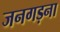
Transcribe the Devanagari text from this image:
जनगड़ना